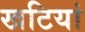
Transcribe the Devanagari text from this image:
खटियां